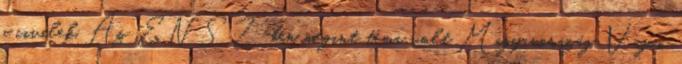
a civilek. Az ENSZ-ben megint téma volt Magyarország Vajon